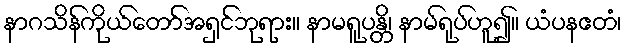
နာဂသိန်ကိုယ်တော်အရှင်ဘုရား။ နာမရူပန္တိ၊ နာမ်ရုပ်ဟူ၍။ ယံပနဧတံ၊